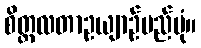
စိတ္တလတာဥယျာဉ်မည်ပုံ။